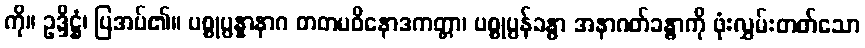
ကို။ ဥဒ္ဒိဋ္ဌံ၊ ပြအပ်၏။ ပစ္စုပ္ပန္နာနာဂ တတမဝိနောဒကတ္တာ၊ ပစ္စုပ္ပန်ခန္ဓာ အနာဂတ်ခန္ဓာကို ဖုံးလွှမ်းတတ်သော